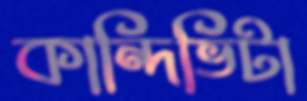
কান্দিভিটা